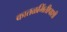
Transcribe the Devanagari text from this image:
कातळभिंतीपाशी